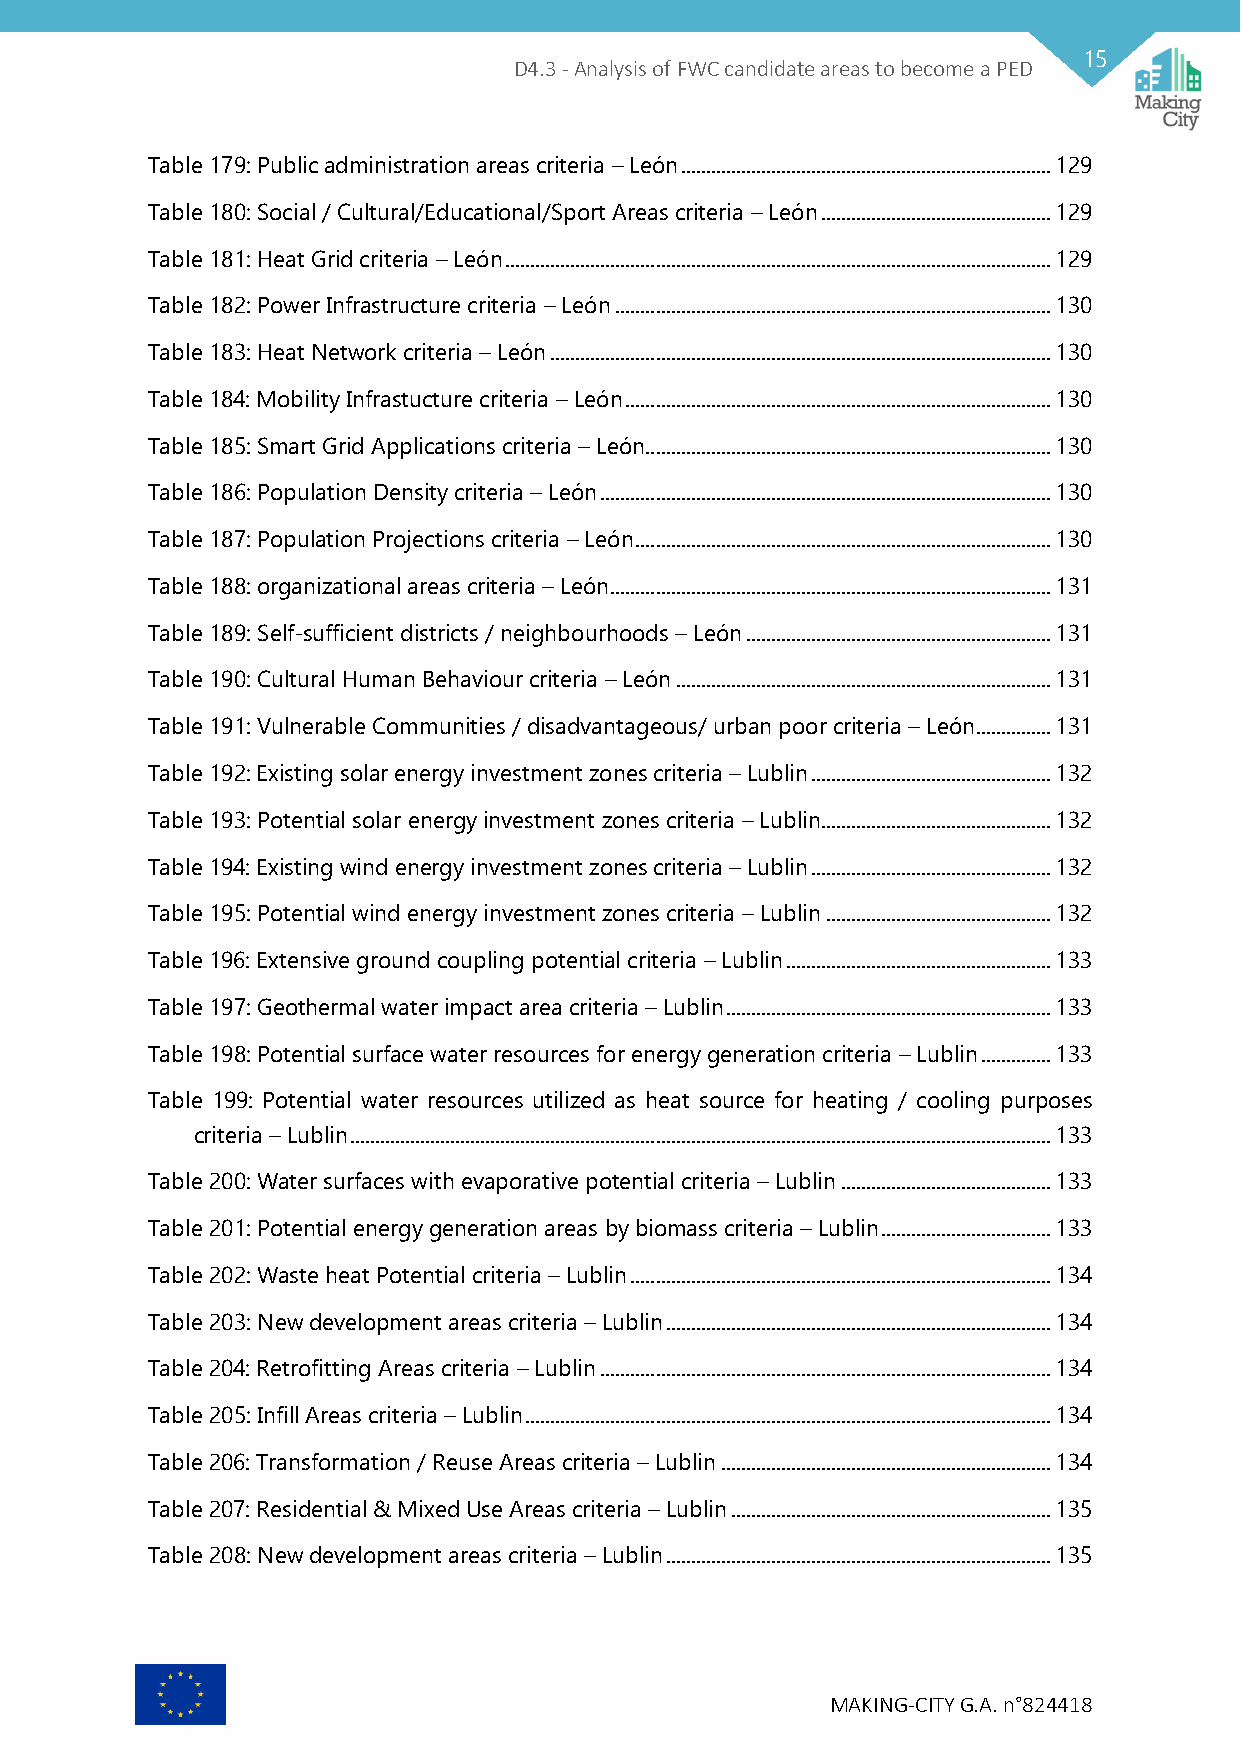
15
 D4.3 - Analysis of FWC candidate areas to become a PED
 Table 179: Public administration areas criteria – León .......................................................................... 129
 Table 180: Social / Cultural/Educational/Sport Areas criteria – León .............................................. 129
 Table 181: Heat Grid criteria – León ............................................................................................................. 129
 Table 182: Power Infrastructure criteria – León ....................................................................................... 130
 Table 183: Heat Network criteria – León .................................................................................................... 130
 Table 184: Mobility Infrastucture criteria – León ..................................................................................... 130
 Table 185: Smart Grid Applications criteria – León ................................................................................. 130
 Table 186: Population Density criteria – León .......................................................................................... 130
 Table 187: Population Projections criteria – León ................................................................................... 130
 Table 188: organizational areas criteria – León ........................................................................................ 131
 Table 189: Self-sufficient districts / neighbourhoods – León ............................................................. 131
 Table 190: Cultural Human Behaviour criteria – León ........................................................................... 131
 Table 191: Vulnerable Communities / disadvantageous/ urban poor criteria – León ............... 131
 Table 192: Existing solar energy investment zones criteria – Lublin ................................................ 132
 Table 193: Potential solar energy investment zones criteria – Lublin.............................................. 132
 Table 194: Existing wind energy investment zones criteria – Lublin ................................................ 132
 Table 195: Potential wind energy investment zones criteria – Lublin ............................................. 132
 Table 196: Extensive ground coupling potential criteria – Lublin ..................................................... 133
 Table 197: Geothermal water impact area criteria – Lublin ................................................................. 133
 Table 198: Potential surface water resources for energy generation criteria – Lublin .............. 133
 Table 199: Potential water resources utilized as heat source for heating / cooling purposes
 criteria – Lublin ............................................................................................................................................ 133
 Table 200: Water surfaces with evaporative potential criteria – Lublin .......................................... 133
 Table 201: Potential energy generation areas by biomass criteria – Lublin .................................. 133
 Table 202: Waste heat Potential criteria – Lublin .................................................................................... 134
 Table 203: New development areas criteria – Lublin ............................................................................. 134
 Table 204: Retrofitting Areas criteria – Lublin .......................................................................................... 134
 Table 205: Infill Areas criteria – Lublin ......................................................................................................... 134
 Table 206: Transformation / Reuse Areas criteria – Lublin .................................................................. 134
 Table 207: Residential & Mixed Use Areas criteria – Lublin ................................................................ 135
 Table 208: New development areas criteria – Lublin ............................................................................. 135
 MAKING-CITY G.A. n°824418